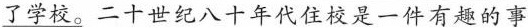
了学校。二十世纪八十年代住校是一件有趣的事